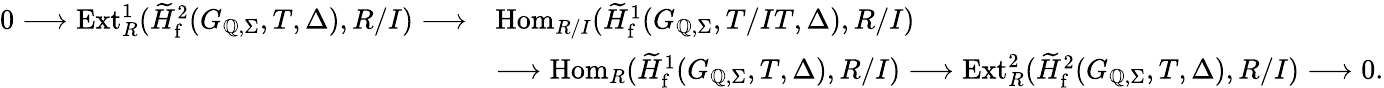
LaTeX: \begin{array}{rl}{0\longrightarrow\mathrm{Ext}_{R}^{1}(\widetilde{H}_{\mathrm{f}}^{2}(G_{\mathbb{Q},\Sigma},T,\Delta),R/I)\longrightarrow}&{\mathrm{Hom}_{R/I}(\widetilde{H}_{\mathrm{f}}^{1}(G_{\mathbb{Q},\Sigma},T/IT,\Delta),R/I)}\\ &{\longrightarrow\mathrm{Hom}_{R}(\widetilde{H}_{\mathrm{f}}^{1}(G_{\mathbb{Q},\Sigma},T,\Delta),R/I)\longrightarrow\mathrm{Ext}_{R}^{2}(\widetilde{H}_{\mathrm{f}}^{2}(G_{\mathbb{Q},\Sigma},T,\Delta),R/I)\longrightarrow 0.}\end{array}